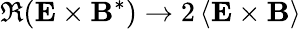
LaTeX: \Re(\mathbf{E}\times\mathbf{B}^{*})\rightarrow 2\left\langle\mathbf{E}\times\mathbf{B}\right\rangle